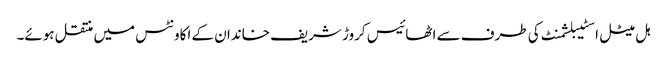
ہل میٹل اسٹیبلشمنٹ کی طرف سے اٹھائیس کروڑ شریف خاندان کے اکاونٹس میں منتقل ہوئے۔